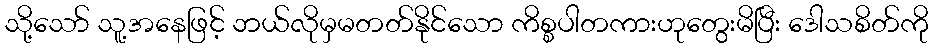
သို့သော် သူ့အနေဖြင့် ဘယ်လိုမှမတတ်နိုင်သော ကိစ္စပါတကားဟုတွေးမိပြီး ဒေါသစိတ်ကို